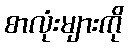
စာလုံးများကို